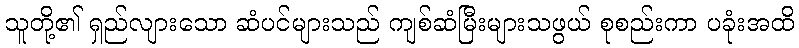
သူတို့၏ ရှည်လျားသော ဆံပင်များသည် ကျစ်ဆံမြီးများသဖွယ် စုစည်းကာ ပခုံးအထိ